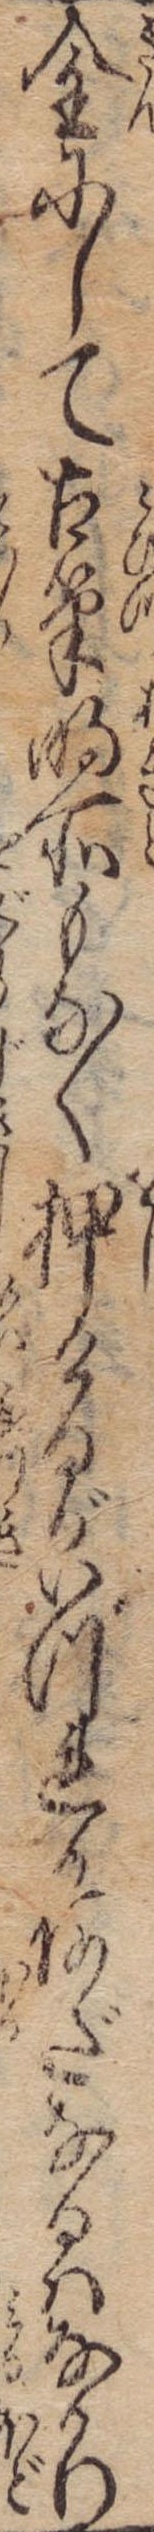
金にして古筆明所もなく押けるがいづれかあだなるはなかり